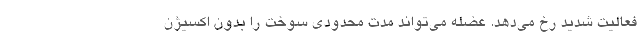
فعالیت شدید رخ می‌دهد. عضله می‌تواند مدت محدودی سوخت را بدون اکسیژن